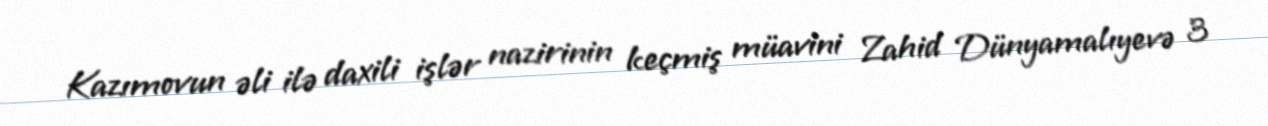
Kazımovun əli ilə daxili işlər nazirinin keçmiş müavini Zahid Dünyamalıyevə 3